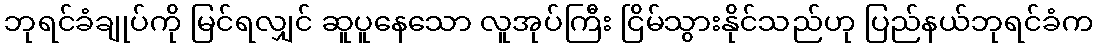
ဘုရင်ခံချုပ်ကို မြင်ရလျှင် ဆူပူနေသော လူအုပ်ကြီး ငြိမ်သွားနိုင်သည်ဟု ပြည်နယ်ဘုရင်ခံက